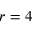
r = 4